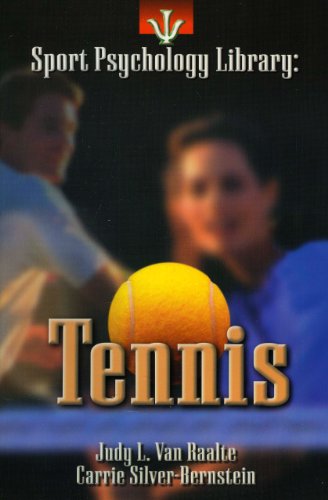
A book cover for Tennis (Sport Psychology Library); Judy L. Van Raalt; Sports & Outdoors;